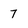
Character: 7